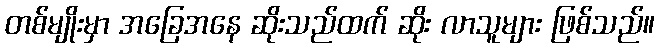
တစ်မျိုးမှာ အခြေအနေ ဆိုးသည်ထက် ဆိုး လာသူများ ဖြစ်သည်။